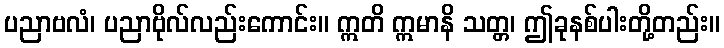
ပညာဗလံ၊ ပညာဗိုလ်လည်းကောင်း။ ဣတိ ဣမာနိ သတ္တ၊ ဤခုနစ်ပါးတို့တည်း။